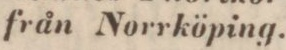
från Norrköping.